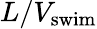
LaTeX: L/V_{\mathrm{swim}}